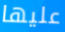
عليها